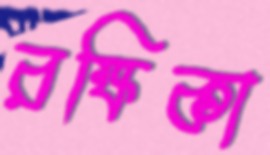
রক্ষিকা